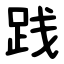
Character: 践